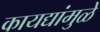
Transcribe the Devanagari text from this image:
कायद्यांमुळे